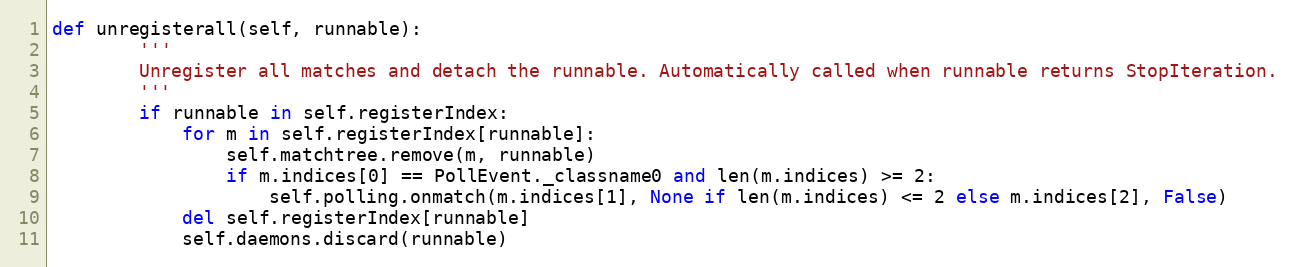
Language: Python
def unregisterall(self, runnable):
        '''
        Unregister all matches and detach the runnable. Automatically called when runnable returns StopIteration.
        '''
        if runnable in self.registerIndex:
            for m in self.registerIndex[runnable]:
                self.matchtree.remove(m, runnable)
                if m.indices[0] == PollEvent._classname0 and len(m.indices) >= 2:
                    self.polling.onmatch(m.indices[1], None if len(m.indices) <= 2 else m.indices[2], False)
            del self.registerIndex[runnable]
            self.daemons.discard(runnable)